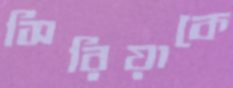
সিরিয়াকে